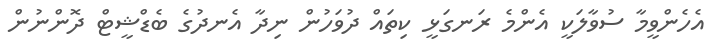
އެހެންވީމާ ސުވާލަކީ އެންމެ ރަނގަޅީ ކިތައް ދުވަހުން ނިދާ އެނދުގެ ބެޑްޝީޓް ދޮންނުން